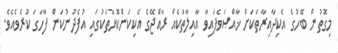
މިގޮތުން ބޭހުގެ އެކިދާއިރާތަކަށް ޚާއްޞަވެފައިވާ އާއިލާތަކެއް ރާއްޖޭގެ އެކިކަންކޮޅުތަކުގައި އުފެދުނުކަން ފާހަގަ ކުރެވެއެވެ.